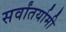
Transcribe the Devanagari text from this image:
सर्वांतर्यामी